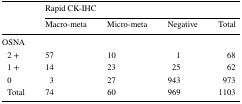
| <ROWSPAN=2>  | <COLSPAN=4> Rapid CK-IHC |
 | Macro-meta | Micro-meta | Negative | Total |
 | --- | --- | --- | --- | --- |
 | <COLSPAN=5> OSNA |
 | 2 + | 57 | 10 | 1 | 68 |
 | 1 + | 14 | 23 | 25 | 62 |
 | 0 | 3 | 27 | 943 | 973 |
 | Total | 74 | 60 | 969 | 1103 |